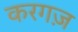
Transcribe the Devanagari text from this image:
करगज़